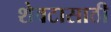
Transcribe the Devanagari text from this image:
शेवटासाठी